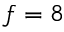
f = 8